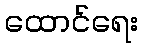
ထောင်ရေး